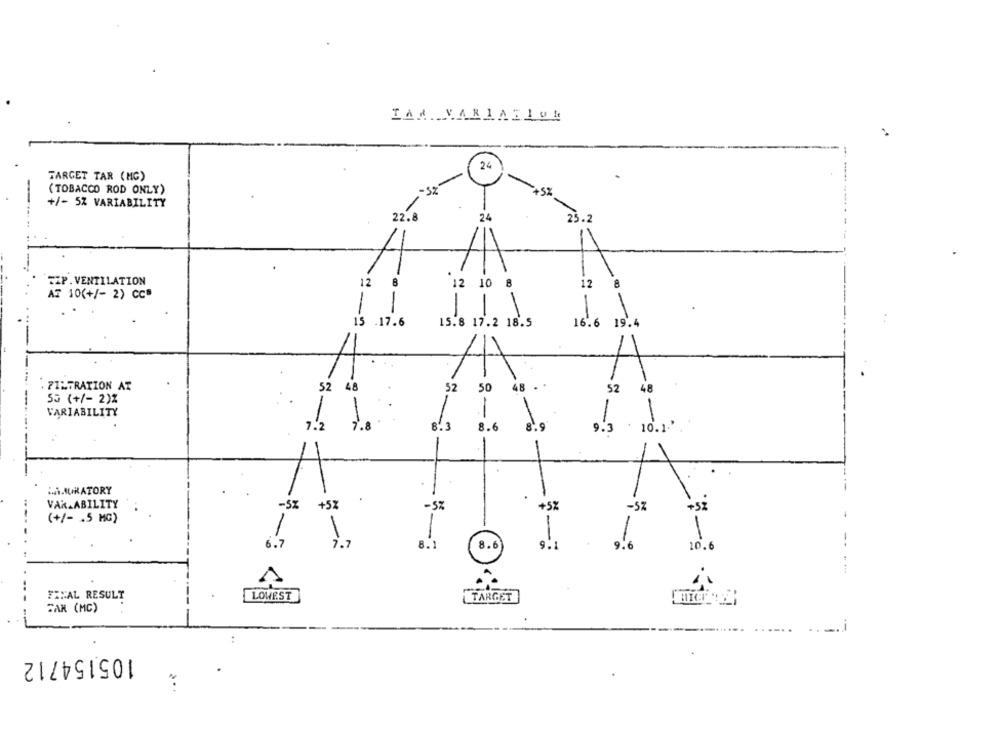
24
TARGET TAR (MG)
(TOBACCO ROD ONLY)
-SZ
-. 5%
+/- 5% VARIABILITY
-
22.8
24
25.2
EXP. VENTILATION
12
8
12 10 8
2
AT 10(+/- 2) Cc
-
-
15
15.8 17.2 18.5
.17.6
16.6
19.4
1
: FILTRATION AT
52 48
52
50
48 . .
52 48
53 (+/- 2)2
-
-
VARIABILITY
1
--......
-
7.2
7.8
8.3
8.6
8.9
9.3
10.1."
HAMURATORY
VAR_ABILITY
-5x
+5%
-5%
+5%
-5%
+52
(+/- . 5 MG)
1
1
-
-
6.7
8.1
8.6
9.1
9.6
10.6
FINAL RESULT
LOWEST
TARGET
CAR (MC)
--
105154712